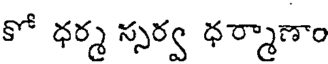
కో ధర్మ స్సర్వ ధర్మాణాం